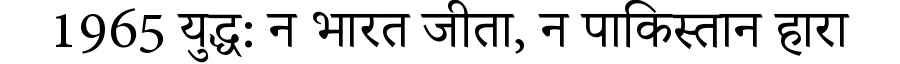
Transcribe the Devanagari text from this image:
1965 युद्ध: न भारत जीता, न पाकिस्तान हारा